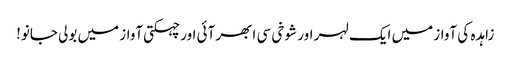
زاہدہ کی آواز میں ایک لہر اور شوخی سی ابھر آئی اور چہکتی آواز میں بولی جانو!